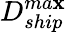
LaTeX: D_{ship}^{ma\mathbf{x}}